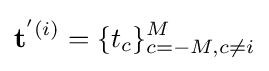
\mathbf {t} ^{'(i)}=\{t_{c}\}_{c=-M,c\neq i}^{M}